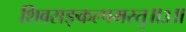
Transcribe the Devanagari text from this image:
शिवसङ्कल्पमस्तु॥३॥